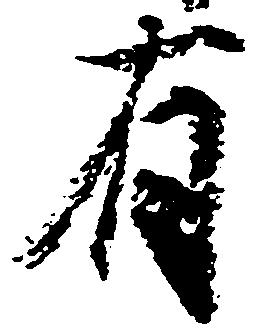
有